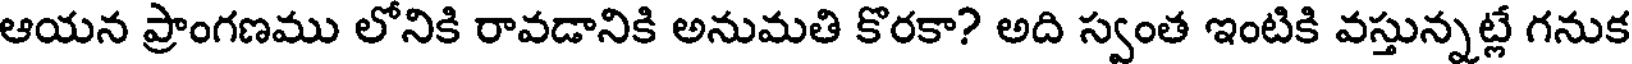
ఆయన ప్రాంగణము లోనికి రావడానికి అనుమతి కొరకా? అది స్వంత ఇంటికి వస్తున్నట్లే గనుక